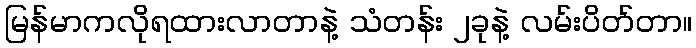
မြန်မာကလိုရထားလာတာနဲ့ သံတန်း ၂ခုနဲ့ လမ်းပိတ်တာ။